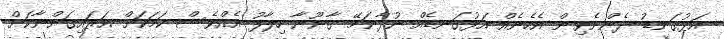
އަޅުގަނޑު ދެންނެވިން އެހެނެއް އަޅުގަނޑެއް ނުދާނަމޭ ގާނޫނާ ހިލާފު އެއްވެސް ކަމަކަށް އަރައިގަންނާކަށް